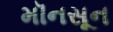
મૉનસૂન